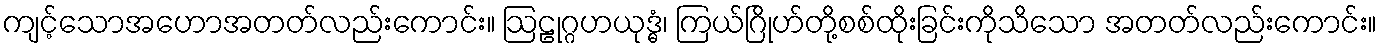
ကျင့်သောအဟောအတတ်လည်းကောင်း။ ဩဠုဂ္ဂဟယုဒ္ဓံ၊ ကြယ်ဂြိုဟ်တို့စစ်ထိုးခြင်းကိုသိသော အတတ်လည်းကောင်း။